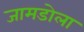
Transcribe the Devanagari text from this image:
जामडोला